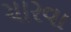
ચારવા